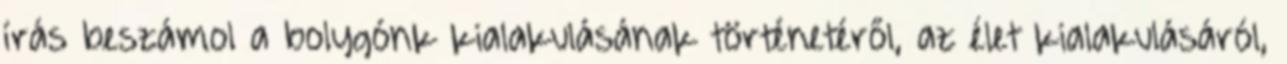
írás beszámol a bolygónk kialakulásának történetéről, az élet kialakulásáról,